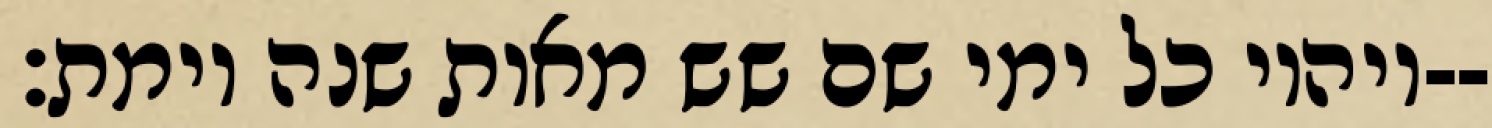
ויהיו כל ימי שם שש מאות שנה וימת׃--